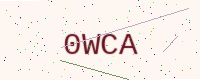
Text: 0WCA